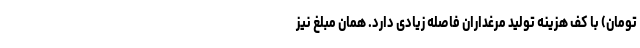
تومان) با کف هزینه تولید مرغداران فاصله زیادی دارد. همان مبلغ نیز